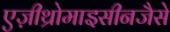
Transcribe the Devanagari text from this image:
एज़ीथ्रोमाइसीनजैसे